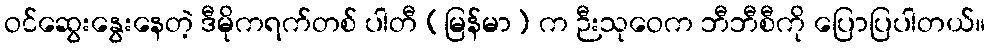
ဝင်ဆွေးနွေးနေတဲ့ ဒီမိုကရက်တစ် ပါတီ (မြန်မာ) က ဉီးသုဝေက ဘီဘီစီကို ပြောပြပါတယ်။